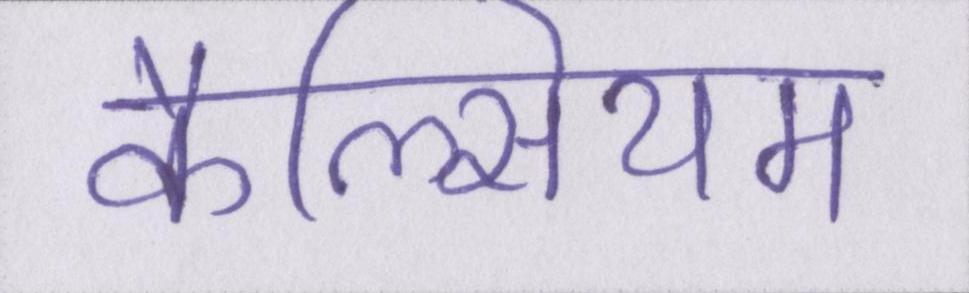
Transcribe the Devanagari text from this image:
कैल्सियम